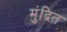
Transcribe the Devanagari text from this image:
मुंद्रित